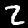
Digit: 2